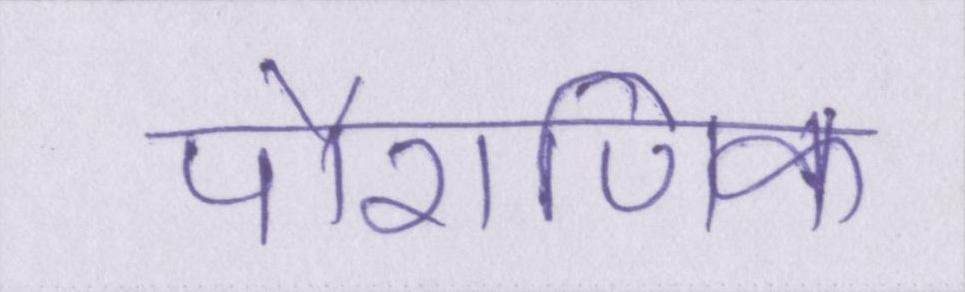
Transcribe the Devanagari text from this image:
पौराणिक